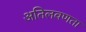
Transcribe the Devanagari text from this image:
अतिलवणता